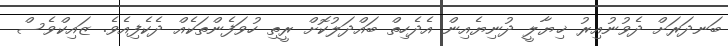
ބަނދަރަށް ދެވުނުއިރު ޚިޔާލީ ދުނިޔެއިން އެދެހިތް ބައްދަލުކޮށް ރީތި ހުވަފެންތަކެއް ދެކެފިއެވެ. ޒައިކްވެސް